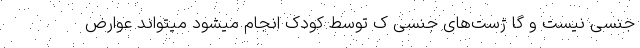
جنسی نیست و گا ژست‌های جنسی ک توسط کودک انجام میشود میتواند عوارض